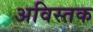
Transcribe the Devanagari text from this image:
अविस्तक